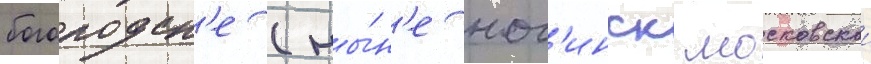
богородск'е (ны́н'е ног'инск московскои